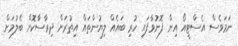
ނަމަވެސް އެސްޓީއޯ އިން ފޮނުވާފައި ހުރި ބައެއް ލިޔުންތައް އިތުރަށް ދިރާސާކޮށް ބެލުމަށް